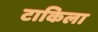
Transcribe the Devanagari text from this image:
टाकिला